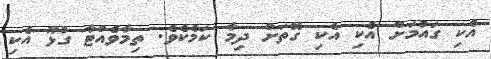
އެކި ގައުމަށް އެކި އެކި ގޮތަށް ދިމާ ކަމެކެވެ. ތިމާވެއްޓާ ގުޅޫ އެކި